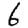
Digit: 6